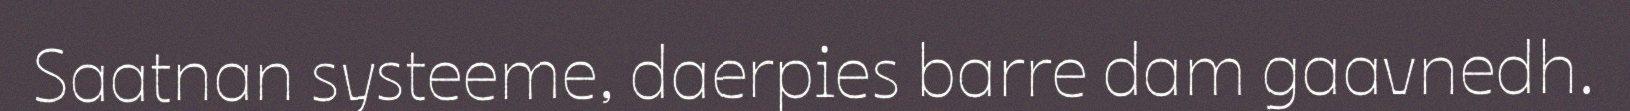
Saatnan systeeme, daerpies barre dam gaavnedh.